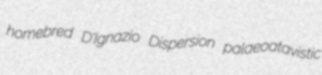
homebred D'Ignazio Dispersion palaeoatavistic